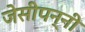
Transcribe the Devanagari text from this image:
जेसीपन्नी